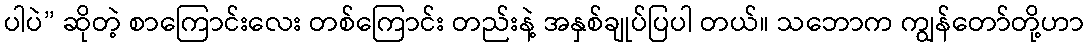
ပါပဲ” ဆိုတဲ့ စာကြောင်းလေး တစ်ကြောင်း တည်းနဲ့ အနှစ်ချုပ်ပြပါ တယ်။ သဘောက ကျွန်တော်တို့ဟာ